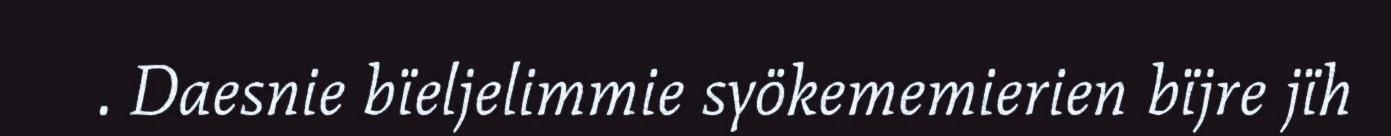
. Daesnie bïeljelimmie syökememierien bïjre jïh